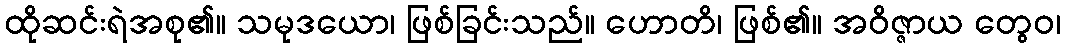
ထိုဆင်းရဲအစု၏။ သမုဒယော၊ ဖြစ်ခြင်းသည်။ ဟောတိ၊ ဖြစ်၏။ အဝိဇ္ဇာယ တွေဝ၊